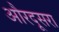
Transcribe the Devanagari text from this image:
औरदूसरा